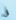
فى